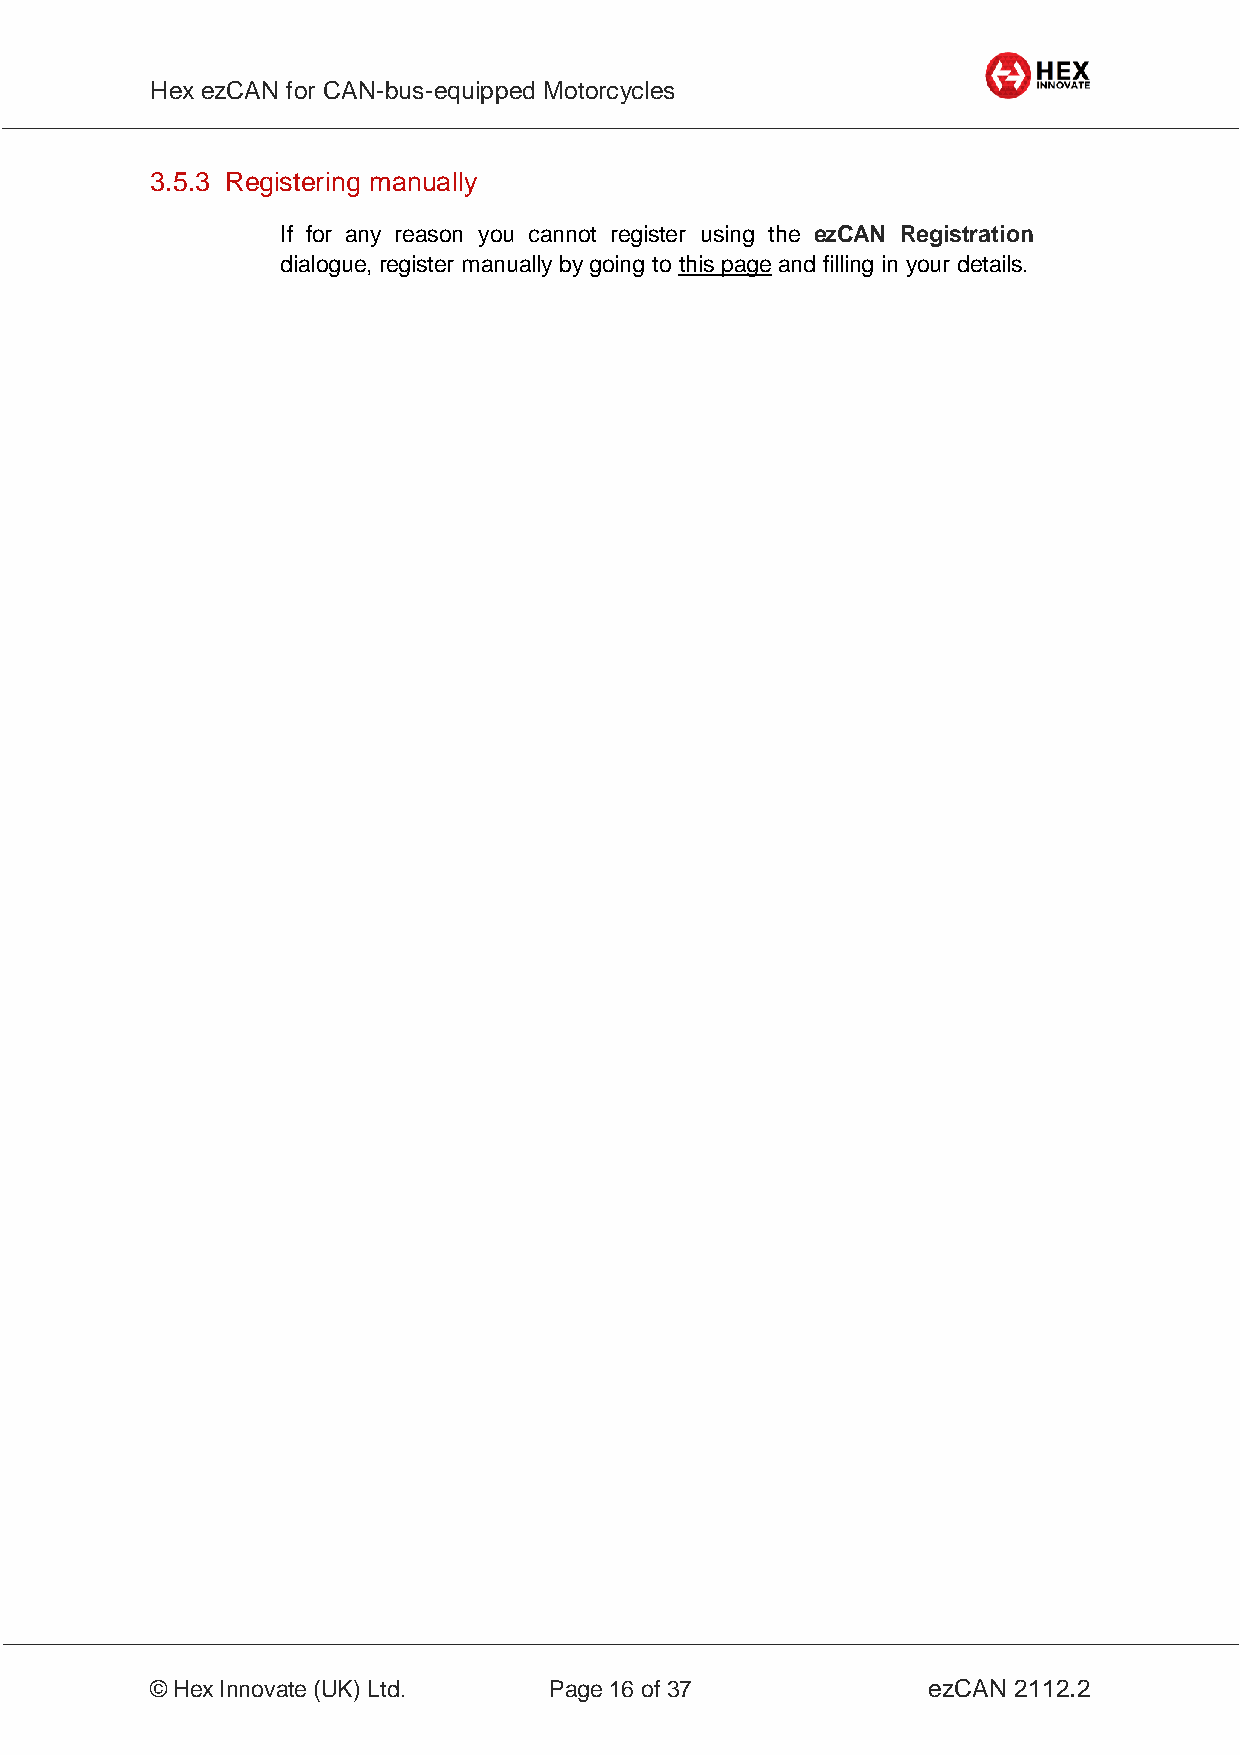
Hex ezCAN for CAN-bus-equipped Motorcycles
 _________________________________________________________________________________________________
 3.5.3 Registering manually
 If for any reason you cannot register using the ezCAN Registration
 dialogue, register manually by going to this page and filling in your details.
 _________________________________________________________________________________________________
 © Hex Innovate (UK) Ltd.  Page 16 of 37            ezCAN 2112.2